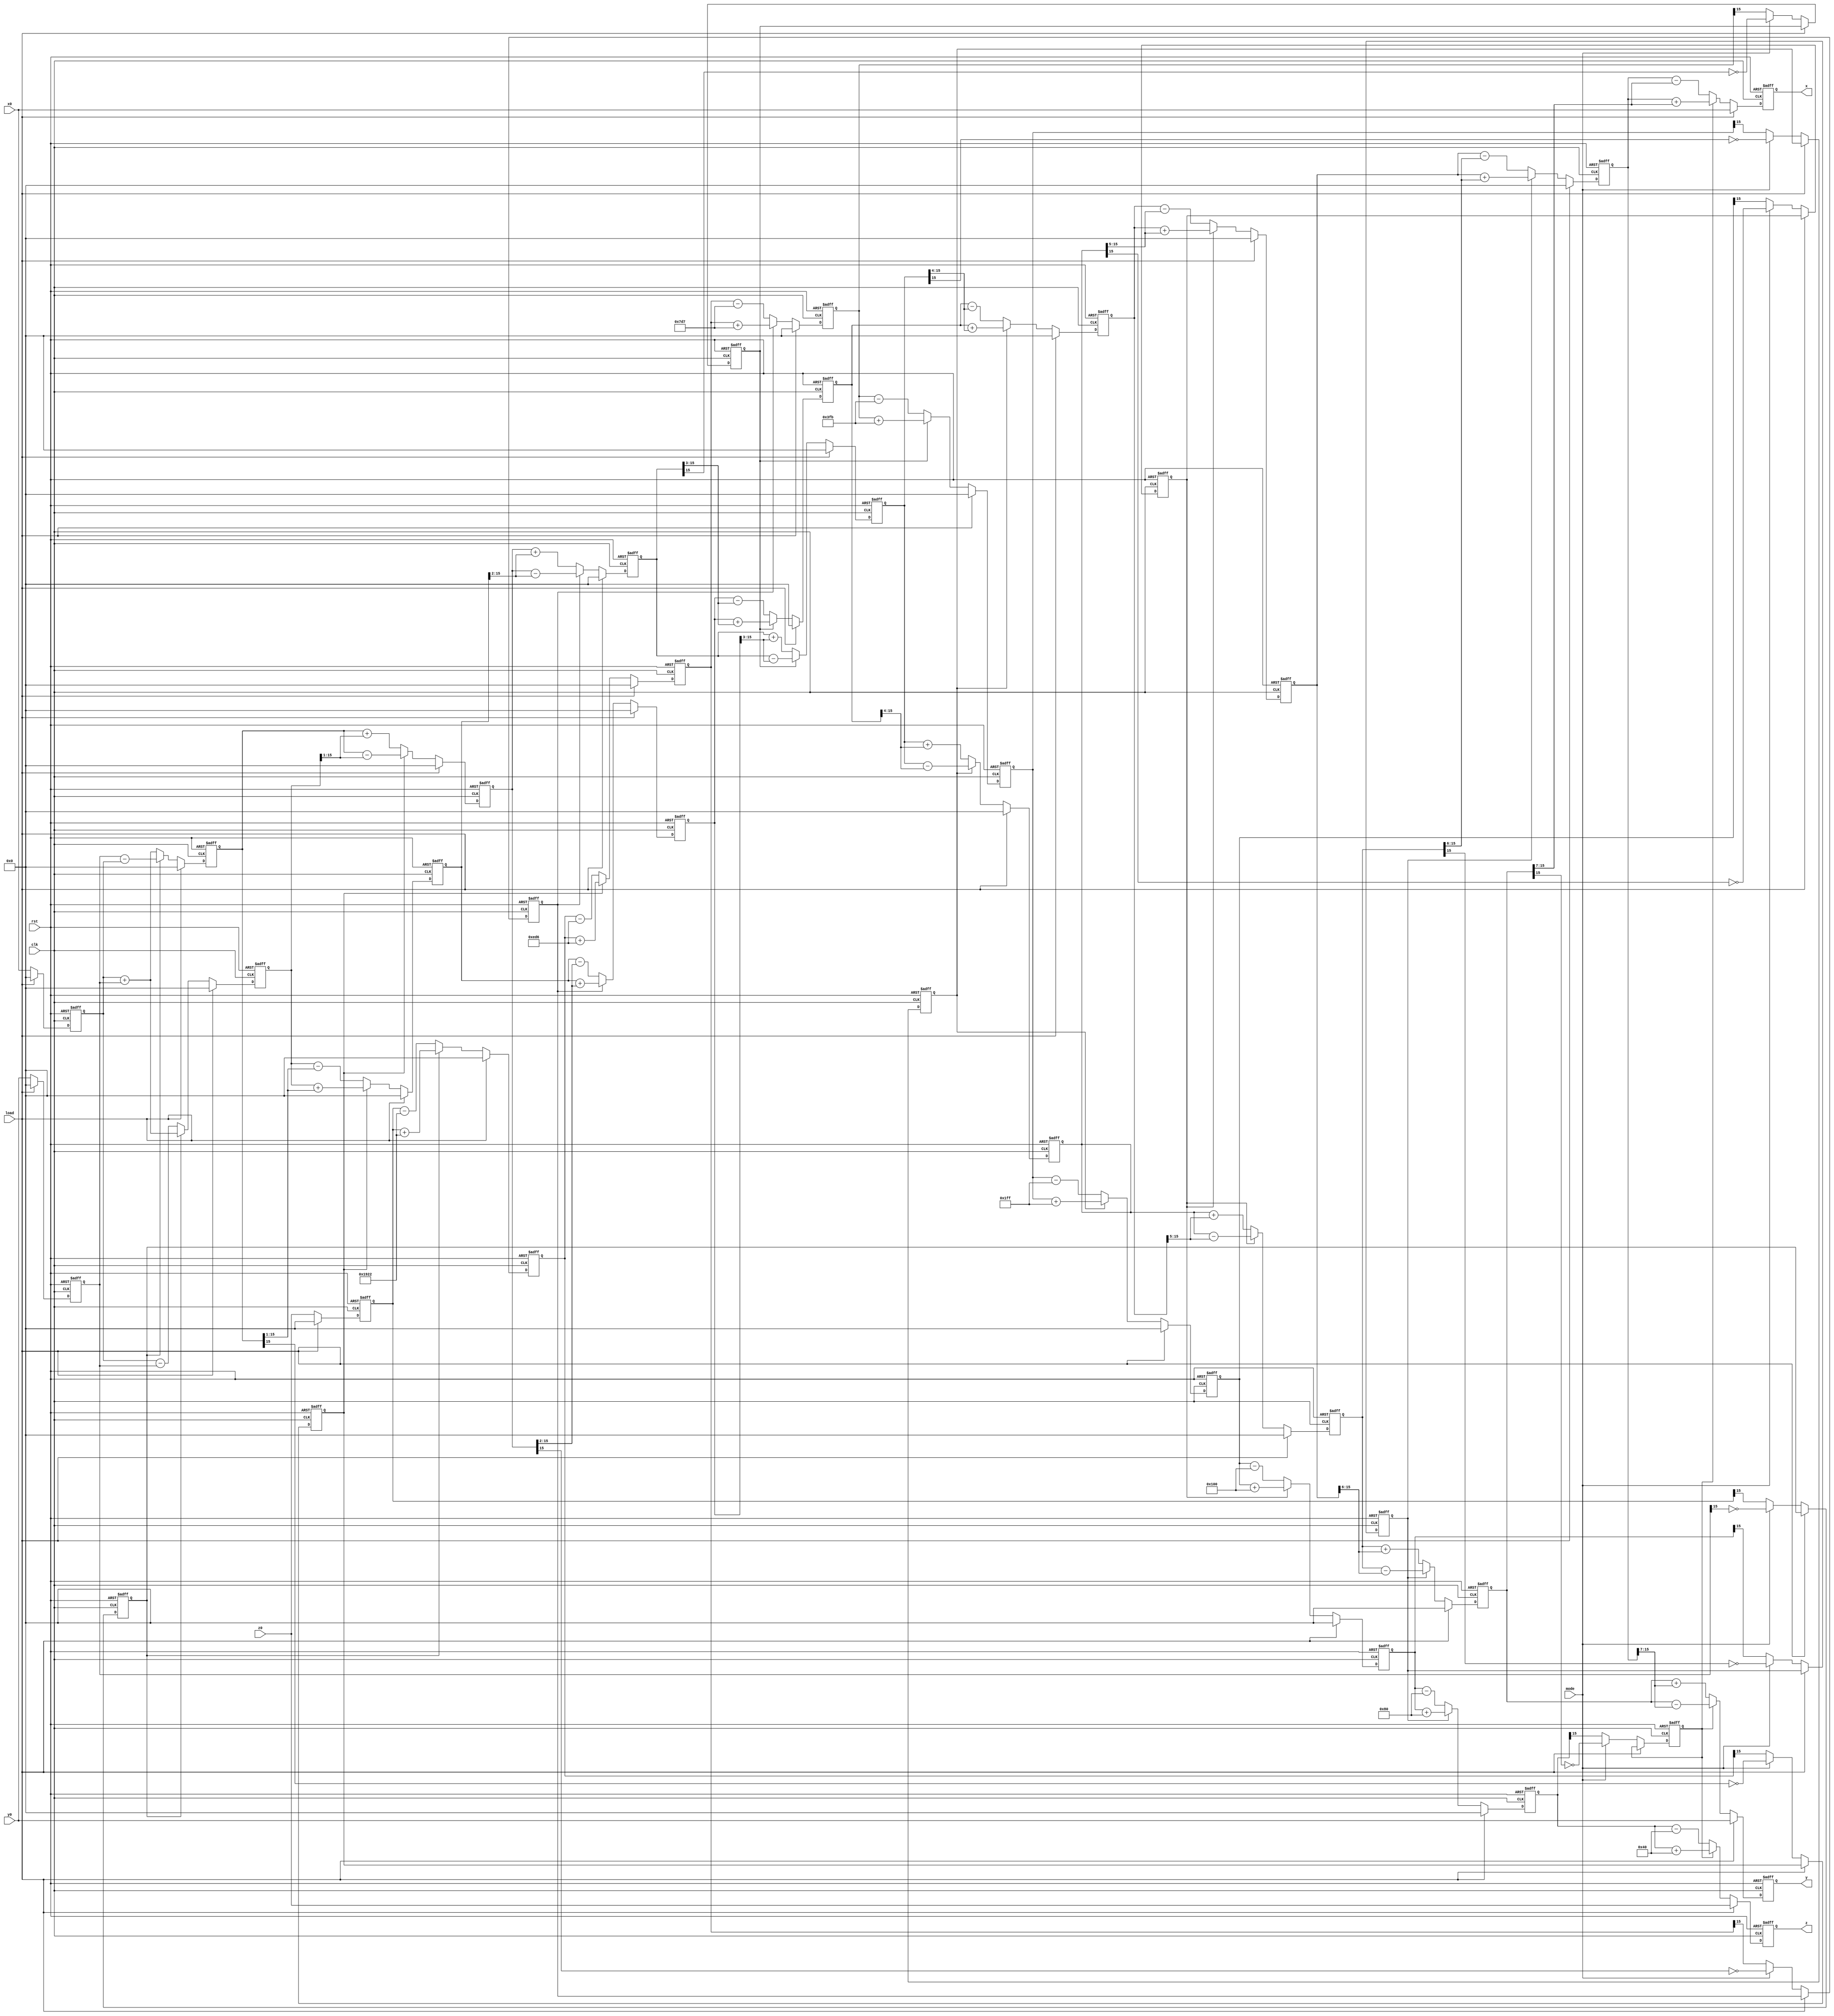
`timescale 1ns / 1ps

module cordic(
clk,
rst,
mode,
load,
x0,
y0,
z0,
x,
y,
z
    );

input clk,rst;
input mode,load;
input[15:0] x0,y0,z0;
output reg[15:0] x,y,z;

//your code here=============
parameter N = 7; // N iterations, or N stages
wire[15:0] atan[0:13];
// table of arctan(2^-k)
assign atan[0] = 6434; // atan(2^0)
assign atan[1] = 3798; // atan(2^-1)
assign atan[2] = 2007; // atan(2^-2)
assign atan[3] = 1019;
assign atan[4] = 511;
assign atan[5] = 256;
assign atan[6] = 128;
assign atan[7] = 64;
assign atan[8] = 32;
assign atan[9] = 16;
assign atan[10] = 8;
assign atan[11] = 4;
assign atan[12] = 2;
assign atan[13] = 1;

// Q(3,13) --> multiply by 2^13
reg dk[0:N];
integer k = 0; // for looping
reg signed[15:0] xs[0:N], ys[0:N], zs[0:N];

always@(posedge clk or negedge rst)begin
if(!rst)begin
    x <= 0; y <= 0; z <= 0;
    for(k = 0; k <= N; k = k + 1)begin
        xs[k] <= 0; ys[k] <= 0; zs[k] <= 0; dk[k] <= 0;
    end
end else begin
if(load)begin
    x <= x0; y <= y0; z <= z0;
    for(k = 0; k <= N; k = k + 1)begin
        xs[k] <= 0; ys[k] <= 0; zs[k] <= 0;
    end
end else begin
    xs[0] <= x0;
    ys[0] <= y0;
    zs[0] <= z0;
    dk[0] <= mode ? ~(ys[0][15]) : zs[0][15]; 
    // if mode=1, set inverse sign of yk. else, set regular sign of zk. 

    // if dk is neg, flip the operation signs. else, keep the same.
    xs[1] <= dk[0] ? (xs[0] + (ys[0] >>> 0)) : (xs[0] - (ys[0] >>> 0));
    ys[1] <= dk[0] ? (ys[0] - (xs[0] >>> 0)) : (ys[0] + (xs[0] >>> 0));
    zs[1] <= dk[0] ? (zs[0] + atan[0]) : (zs[0] - atan[0]);
    dk[1] <= mode ? ~(ys[1][15]) : zs[1][15];

    xs[2] <= dk[1] ? (xs[1] + (ys[1] >>> 1)) : (xs[1] - (ys[1] >>> 1));
    ys[2] <= dk[1] ? (ys[1] - (xs[1] >>> 1)) : (ys[1] + (xs[1] >>> 1));
    zs[2] <= dk[1] ? (zs[1] + atan[1]) : (zs[1] - atan[1]);
    dk[2] <= mode ? ~(ys[2][15]) : zs[2][15];

    xs[3] <= dk[2] ? (xs[2] + (ys[2] >>> 2)) : (xs[2] - (ys[2] >>> 2));
    ys[3] <= dk[2] ? (ys[2] - (xs[2] >>> 2)) : (ys[2] + (xs[2] >>> 2));
    zs[3] <= dk[2] ? (zs[2] + atan[2]) : (zs[2] - atan[2]);
    dk[3] <= mode ? ~(ys[3][15]) : zs[3][15];
    
    xs[4] <= dk[3] ? (xs[3] + (ys[3] >>> 3)) : (xs[3] - (ys[3] >>> 3));
    ys[4] <= dk[3] ? (ys[3] - (xs[3] >>> 3)) : (ys[3] + (xs[3] >>> 3));
    zs[4] <= dk[3] ? (zs[3] + atan[3]) : (zs[3] - atan[3]);
    dk[4] <= mode ? ~(ys[4][15]) : zs[4][15];
    
    xs[5] <= dk[4] ? (xs[4] + (ys[4] >>> 4)) : (xs[4] - (ys[4] >>> 4));
    ys[5] <= dk[4] ? (ys[4] - (xs[4] >>> 4)) : (ys[4] + (xs[4] >>> 4));
    zs[5] <= dk[4] ? (zs[4] + atan[4]) : (zs[4] - atan[4]);
    dk[5] <= mode ? ~(ys[5][15]) : zs[5][15];
    
    xs[6] <= dk[5] ? (xs[5] + (ys[5] >>> 5)) : (xs[5] - (ys[5] >>> 5));
    ys[6] <= dk[5] ? (ys[5] - (xs[5] >>> 5)) : (ys[5] + (xs[5] >>> 5));
    zs[6] <= dk[5] ? (zs[5] + atan[5]) : (zs[5] - atan[5]);
    dk[6] <= mode ? ~(ys[6][15]) : zs[6][15];
    
    xs[7] <= dk[6] ? (xs[6] + (ys[6] >>> 6)) : (xs[6] - (ys[6] >>> 6));
    ys[7] <= dk[6] ? (ys[6] - (xs[6] >>> 6)) : (ys[6] + (xs[6] >>> 6));
    zs[7] <= dk[6] ? (zs[6] + atan[6]) : (zs[6] - atan[6]);
    dk[7] <= mode ? ~(ys[7][15]) : zs[7][15];
    
    x <= dk[7] ? (xs[7] + (ys[7] >>> 7)) : (xs[7] - (ys[7] >>> 7));
    y <= dk[7] ? (ys[7] - (xs[7] >>> 7)) : (ys[7] + (xs[7] >>> 7));
    z <= dk[7] ? (zs[7] + atan[7]) : (zs[7] - atan[7]);
end
end
end

//your code here=============
endmodule